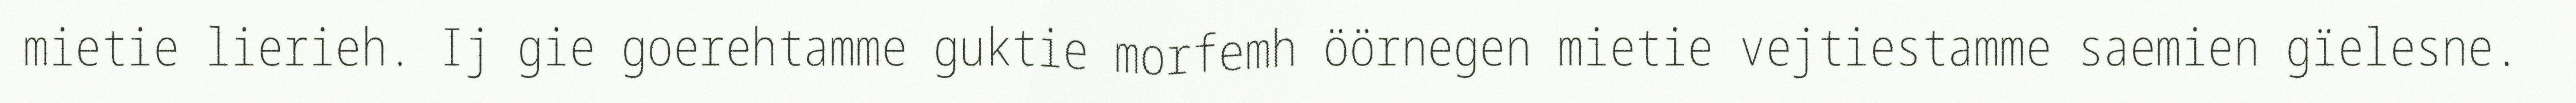
mietie lierieh. Ij gie goerehtamme guktie morfemh öörnegen mietie vejtiestamme saemien gïelesne.